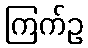
ကြက်ဥ